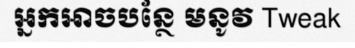
អ្នកអាចបន្ថែ មនូវ Tweak